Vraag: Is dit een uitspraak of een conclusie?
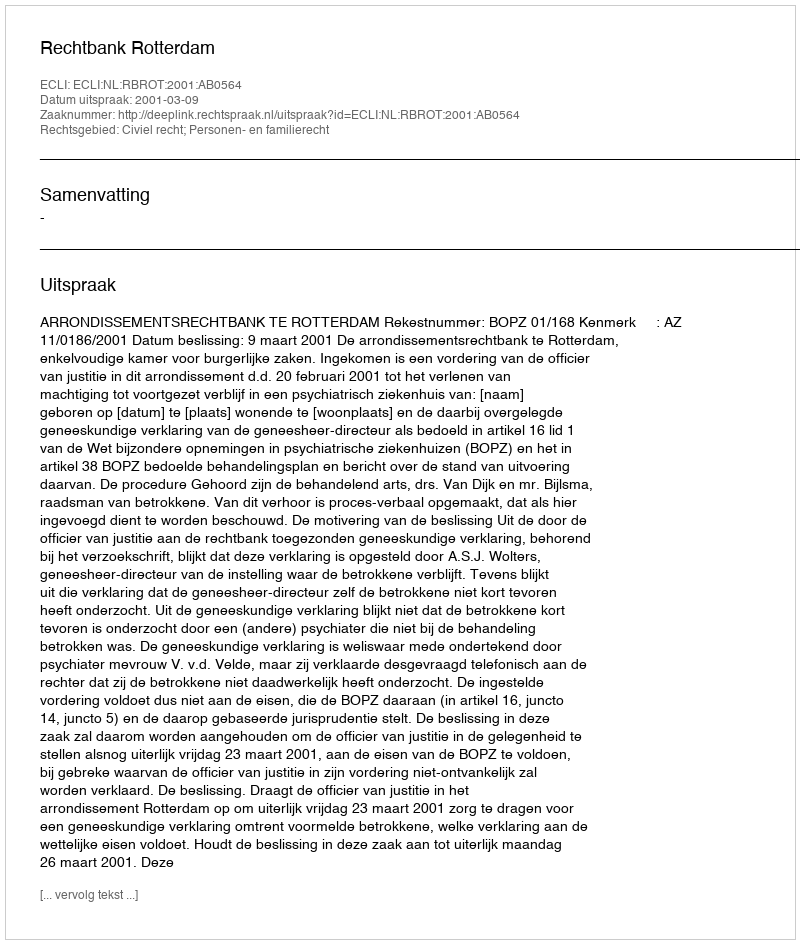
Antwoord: Uitspraak